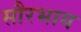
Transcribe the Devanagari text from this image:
सौरभाय